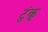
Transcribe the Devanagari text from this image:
टुंकू